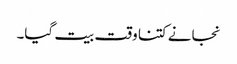
نجانے کتنا وقت بیت گیا۔